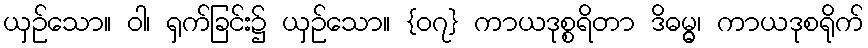
ယှဉ်သော။ ဝါ၊ ရှက်ခြင်း၌ ယှဉ်သော။ {၀၇} ကာယဒုစ္စရိတာ ဒိဓမ္မွ၊ ကာယဒုစရိုက်